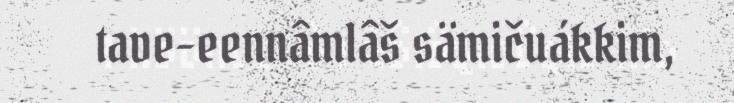
tave-eennâmlâš sämičuákkim,